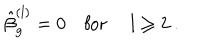
LaTeX: \hat { \beta } _ { g } ^ { ( l ) } = 0 \quad \mathrm { f o r ~ } \quad l \geq 2 \ .